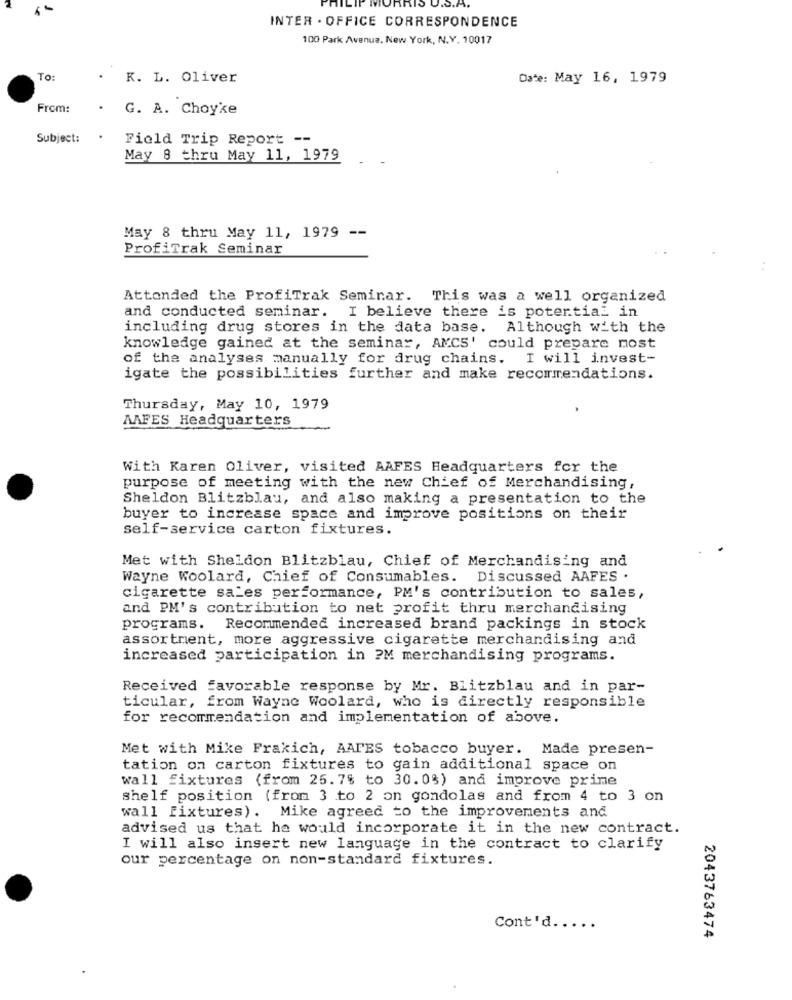
U.S.A.
INTER . OFFICE CORRESPONDENCE
100 Park Avenue, New York, N.Y. 10017
To:
K. L. Oliver
Date: May 16, 1979
From:
. G. A. Choyke
Subject:
Field Trip Report --
May 8 thru May 11, 1979
May 8 thru May 11, 1979 --
ProfiTrak Seminar
Attended the ProfiTrak Seminar. This was a well organized
and conducted seminar. I believe there is potertial in
including drug stores in the data base. Although with the
knowledge gained at the seminar, AMCS' could prepare most
of the analyses manually for drug chains. I will invest-
igate the possibilities further and make recommendations.
Thursday, May 10, 1979
AAFES Headquarters
With Karen Oliver, visited AAFES Headquarters for the
purpose of meeting with the new Chief of Merchandising,
Sheldon Blitzblau, and also making a presentation to the
buyer to increase space and improve positions on their
self-service carton fixtures.
Met with Sheldon Blitzblau, Chief of Merchandising and
Wayne Woolard, Chief of Consumables. Discussed AAFES .
cigarette sales performance, PM's contribution to sales,
and PM's contribution to net profit thru merchandising
programs. Recommended increased brand packings in stock
assortment, more aggressive cigarette merchandising and
increased participation in ?M merchandising programs.
Received favorable response by Mr. Blitzblau and in par-
ticular, from Wayne Woolard, who is directly responsible
for recommendation and implementation of above.
Met with Mike Frakich, AAPES tobacco buyer. Made presen-
tation on carton fixtures to gain additional space on
wall fixtures (from 25.7% to 30.0%) and improve prime
shelf position (from 3 to 2 on gondolas and from 4 to 3 on
wall fixtures). Mike agreed to the improvements and
advised us that he would incorporate it in the new contract.
I will also insert new language in the contract to clarify
our percentage on non-standard fixtures.
Cont'd .....
2043763474